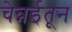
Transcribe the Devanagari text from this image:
चेन्नईतून